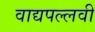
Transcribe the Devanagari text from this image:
वाद्यपल्लवी